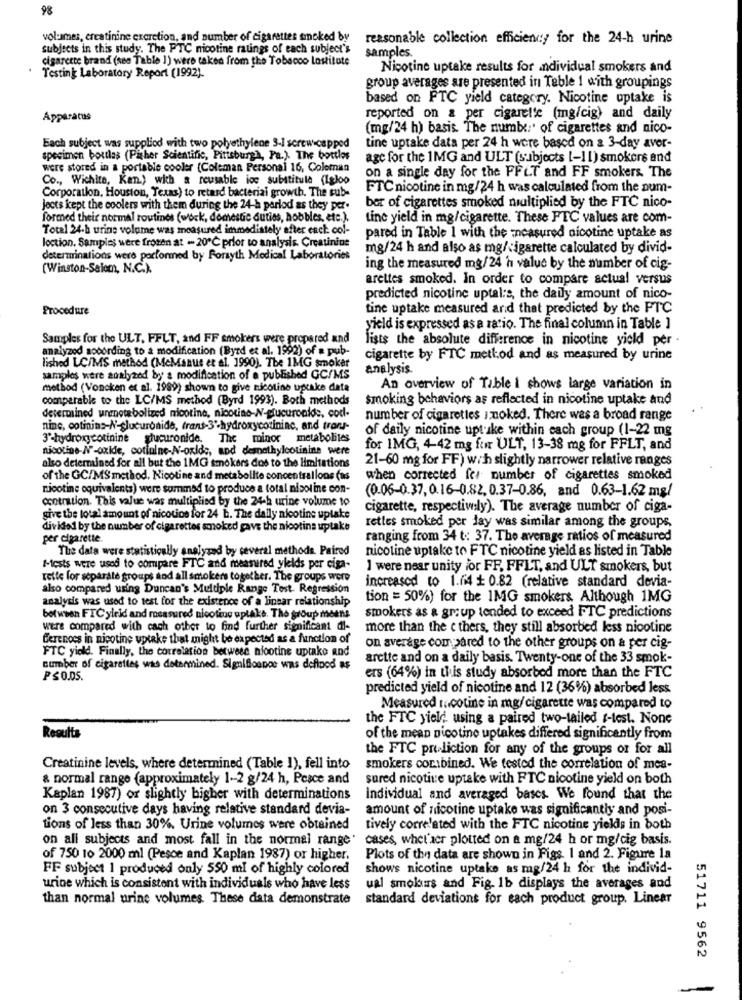
98
volumes, creatinine excretion, and number of cigarettes smoked by
reasonable collection efficiency for the 24-h urine
subjects in this study. The PTC nicotine ratings of each subject's
samples.
cigarette brand (see Table 1) were taken from the Tobacco Lostitute
Testing Laboratory Report (1992).
Nicotine uptake results for individual smokers and
group averages are presented in Table 1 with groupings
based on FTC yield category. Nicotine uptake is
Apparatus
reported on a per cigarette (mg/cig) and daily
(mg/24 h) basis. The number:' of cigarettes and nico-
Each subject was supplied with two polyethylene 3-1 screw-capped
tine uptake data per 24 h were based on a 3-day aver-
specimen boules (Pither Scientific, Pittsburgh, Pa.). The bottles
agc for the 1MG and ULT (subjects [-11) smokers and
were stored in a portable cooler {Coleman Personal 16, Coleman
on a single day for the FFLT and FF smokers. The
Co ., Wichita, Kan.) with a reusable icc substitule (Igloo
Corporation, Houston, Texas) to retard bacterial growth. The sub-
FTC nicotine in mg/24 h was calculated from the aum-
bar of cigarettes smoked multiplied by the FTC nico-
jects kept the coolers with them during the 24-h perlod as they per.
formed their normal routines (work, domestic duties, hobbles, etc.).
tine yield in mg/cigarette. These FTC values are com-
Total 24-h uring volume was measured immediately after each col-
loction, Samples were frozen at - 20℃ prior to analysis. Creatinine
pared in Table 1 with the measured nicotine uptake as
mg/24 h and also as mg/cigarette calculated by divid-
determinations were performed by Forsyth Medical Laboratories
(Winston-Salem, N.C.).
ing the measured mg/24 h value by the number of cig-
arettes smoked. In order to compare actual versus
predicted nicotine uptal:s, the daily amount of nico-
Procedure
tine uptake measured and that predicted by the FTC
yield is expressed as a ratio. The final column in Table ]
Samples for the ULT. FFLT, and FF smokers were prepared and
lists the absolute difference in nicotine yield per .
analyzed sobording to a modification (Byrd et al. 1992) of a pub-
cigarette by FTC method and as measured by urine
lished LC/MS method (McManus et al. 1990). The 1MG smoker
analysis.
samples were auxlyzed by a modification of a published GC/MS
method (Voncken et al. 1989) shown to give nicotine uptake data
An overview of Table i chows large variation in
comparable to the LC/MS method (Byrd 1993). Both methods
smoking behaviors as reflected in nicotine uptake and
determined unmetabolized nicotine, nicotine-N-glucuronlds, cod-
number of cigarettes smoked. There was a broad range
nine, cotinins-N-glucuronide, trans-3'-hydroxycotininc, and trans-
of daily nicotine uptuke within each group (1-22 mg
3º-hydroxycotinine glucuronide. The minor metabolites
nicotine-N"-oxide, cotlalne-N-oxids, and demethylcotinine were
for IMG, 4-42 mg for ULT, 13-38 mg for FFLT, and
also determined for all but the 1MG smokers dos to the limitations
21-60 mg for FF) w. h slightly narrower relative ranges
of the GC/MS method, Nicotine and metabolite concentrallons (as
when corrected fes number of cigarettes smoked
nicotine equivalents) were summed to produce a total nicoline con-
(0.06-0.37, 0.16-0.82. 0.37-0.86, and 0.63-1.62 mg/
contration. This value was multiplied by the 24-h urine volume to
cigarette, respectively). The average number of ciga-
give the total amount of nicotine for 24 b. The daily nicotine uplake
rettes smoked per Jay was similar among the groups,
divided by the number of cigarettes smoked gave the nicotina uptake
per cigarette.
ranging from 34 t: 37. The average ratios of measured
The data were statistically analyzed by several methods. Paired
nicoline uptake to FTC nicotine yield as listed in Table
I-tests were used to compare FTC and measured ylelds per ciga-
1 were near unity for FF, FFLT, and ULT smokers, but
rette for separate groups and all smokers together. The groups were
increased to 1.74 + 0.82 (relative standard devia-
also compared using Duncan's Multiple Range Test. Regression
analysis was used to test for the existence of a linear relationship
tion = 50%) for the IMG smokers Although 1MG
smokers as a group tended to exceed FTC predictions
between FTC ylrid and rosasured nicotine uptake. The group moens
were compared with cach other to find further significant di-
more than the e thers, they still absorbed less nicotine
Gerences in nicotine uptake that might be expected as a function of
FTC yield. Finally, the correlation between nicotine uptake and
on average compared to the other groups on a per cig-
arctte and on a daily basis. Twenty-one of the 33 smok-
number of cigarettes was determined. Signifiounos was deflood as
ers (64%) in this study absorbed more than the FTC
PSO.05.
predicted yield of nicotine and 12 (36%) absorbed less
Measured rocotine in mg/cigarette was compared to
the FTC yield using a paired two-tailed f-test. None
Results
of the mean nicotine uptakes differed significantly from
the FTC pri liction for any of the groups of for all
Creatinine levels, where determined (Table 1), fell into
smokers combined. We tested the correlation of mes-
& normal range (approximately 1 -- 2 g/24 h, Pesce and
sured nicotine uptake with FTC nicotine yield on both
Kaplan 1987) or slightly higher with determinations
individual and averaged bases. We found that the
on 3 consecutive days having relative standard devia-
amount of nicotine uptake was significantly and posi-
tions of less than 30%. Urine volumes were obtained
tively correlated with the FTC nicotine yields in both
on all subjects and most fall in the normal range. cases, whet'aer plotted on a mg/24 h or mg/cig basis.
of 750 10 2000 ml (Pesce and Kaplan 1987) or higher.
Plots of the data are shown in Figs. 1 and 2. Figure la
FF subject 1 produced only 550 ml of highly colored
shows nicotine uptake as mg/24 h for the individ-
urine which is consistent with individuals who have less
ual smokers and Fig. 1b displays the averages and
than normal urine volumes. These data demonstrate
standard deviationt for each product group. Linear
51711 9562